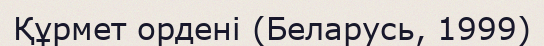
Құрмет ордені (Беларусь, 1999)